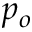
p _ { o }